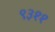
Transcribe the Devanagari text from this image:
९३११